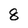
Character: 8